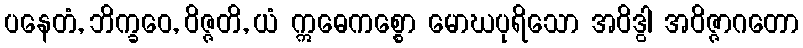
ပနေတံ, ဘိက္ခဝေ, ဝိဇ္ဇတိ, ယံ ဣဓေကစ္စော မောဃပုရိသော အဝိဒွါ အဝိဇ္ဇာဂတော